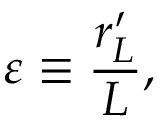
\varepsilon \equiv \frac { r _ { L } ^ { \prime } } { L } ,